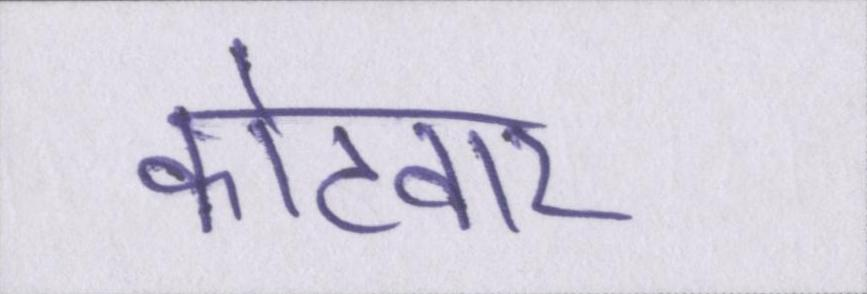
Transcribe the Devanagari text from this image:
कोटवार